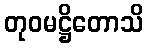
တုဝမဋ္ဌိတောသိ